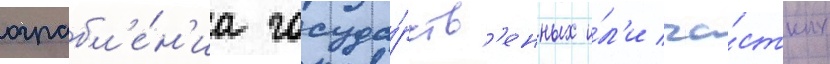
ограбл'е́н'иа госуда́рств'енных и́л'и ча́стных